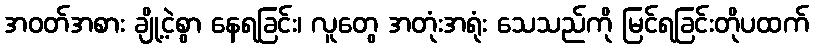
အဝတ်အစား ချို့ငဲ့စွာ နေရခြင်း၊ လူတွေ အတုံးအရုံး သေသည်ကို မြင်ရခြင်းတိုပထက်